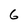
Character: 6